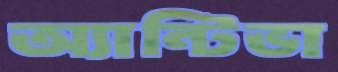
অ্যান্টিভা